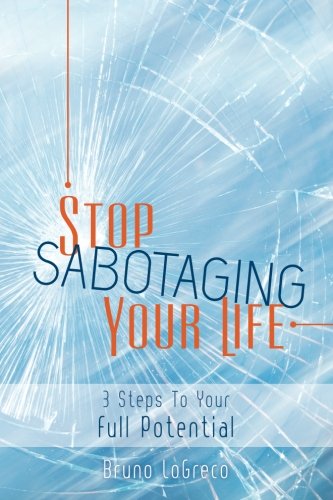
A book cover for Stop Sabotaging Your Life: 3 Steps To Your Full Potential; Bruno LoGreco; Self-Help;